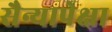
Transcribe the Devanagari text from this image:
सैन्यापेक्षा